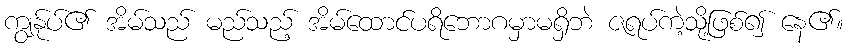
ကျွန်ုပ်၏ အိမ်သည် မည်သည့် အိမ်ထောင်ပရိဘောဂမှာမရှိဘဲ ဇရပ်ကဲ့သို့ဖြစ်၍ နေ၏။